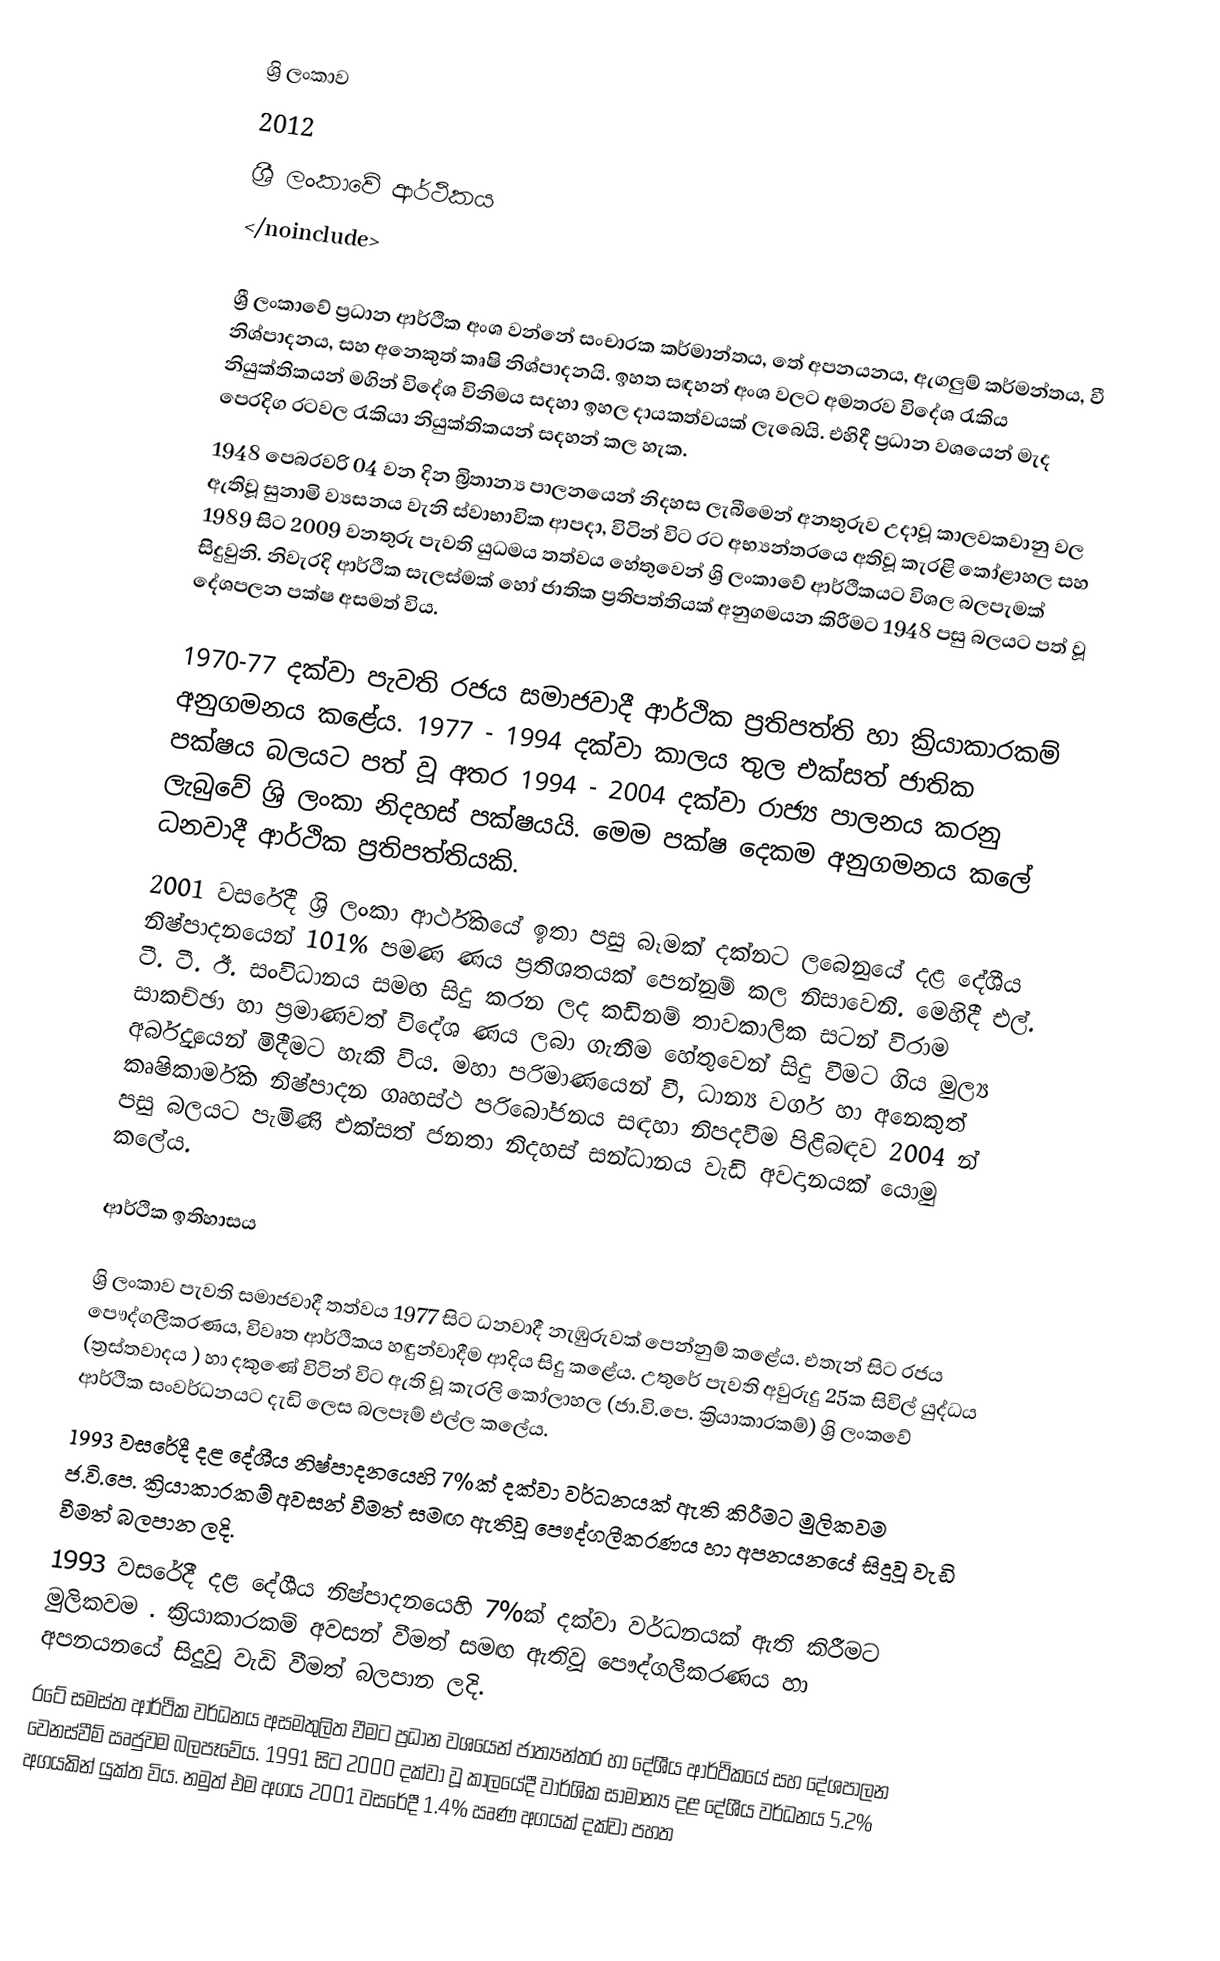
ශ්‍රි ලංකාව
2012
ශ්‍රී ලංකාවේ ආර්ථිකය
</noinclude>

ශ්‍රී ලංකාවේ ප්‍රධාන ආර්ථික අංශ වන්නේ සංචාරක කර්මාන්තය, තේ අපනයනය, ඇගලුම් කර්මන්තය, වී නිශ්පාදනය, සහ අනෙකුත් කෘෂි නිශ්පාදනයි. ඉහත සඳහන් අංශ වලට අමතරව විදේශ රැකිය නියුක්තිකයන් මගින් විදේශ විනිමය සදහා ඉහල දායකත්වයක් ලැබෙයි. එහිදී ප්‍රධාන වශයෙන් මැද පෙරදිග රටවල රැකියා නියුක්තිකයන් සදහන් කල හැක.
1948 පෙබරවරි 04 වන දින බ්‍රිතාන්‍ය පාලනයෙන් නිදහස ලැබීමෙන් අනතුරුව උදාවූ කාලවකවානු වල ඇතිවූ සුනාමි ව්‍යසනය වැනි ස්වාභාවික ආපදා, විටින් විට රට අභ්‍යන්තරයෙ අතිවූ  කැරළි කෝළාහල සහ 1989 සිට 2009 වනතුරු පැවති යුධමය තත්වය හේතුවෙන් ශ්‍රි ලංකාවේ ආර්ථිකයට විශල බලපැමක් සිදුවුනි. නිවැරදි ආර්ථික සැලස්මක් හෝ ජාතික ප්‍රතිපත්තියක් අනුගමයන කිරීමට 1948 පසු බලයට පත් වූ දේශපලන පක්ෂ අසමත් විය.

1970-77 දක්වා පැවති රජය සමාජවාදී ආර්ථික ප්‍රතිපත්ති හා ක්‍රියාකාරකම් අනුගමනය කළේය. 1977 - 1994 දක්වා කාලය තුල එක්සත් ජාතික පක්ෂය බලයට පත් වූ අතර 1994 - 2004 දක්වා රාජ්‍ය පාලනය කරනු ලැබුවේ ශ්‍රි ලංකා නිදහස් පක්ෂයයි. මෙම පක්ෂ දෙකම අනුගමනය කලේ ධනවාදී ආර්ථික ප්‍රතිපත්තියකි.
2001 වසරේදී ශ්‍රි ලංකා ආර්ථිකයේ ඉතා පසු බෑමක් දක්නට ලබෙනුයේ දළ දේශීය නිෂ්පාදනයෙන් 101% පමණ ණය ප්‍රතිශතයක් පෙන්නුම් කල නිසාවෙනි. මෙහිදී  එල්. ටී. ටී. ඊ. සංවිධානය සමඟ සිදු කරන ලද කඩිනම් තාවකාලික සටන් විරාම සාකච්ඡා හා ප්‍රමාණවත් විදේශ ණය ලබා ගැනීම හේතුවෙන් සිදු වීමට ගිය මුල්‍ය අර්බුදයෙන් මිදීමට හැකි විය. මහා පරිමාණයෙන් වී, ධාන්‍ය වර්ග හා අනෙකුත් කෘෂිකාර්මික නිෂ්පාදන ගෘහස්ථ පරිබෝජනය සඳහා නිපදවීම පිළිබඳව 2004 න් පසු බලයට පැමිණි එක්සත් ජනතා නිදහස් සන්ධානය වැඩි අවදානයක් යොමු කලේය.

ආර්ථික ඉතිහාසය

ශ්‍රි ලංකාව පැවති සමාජවාදී තත්වය 1977 සිට ධනවාදී නැඹුරුවක් පෙන්නුම් කළේය. එතැන් සිට රජය පෞද්ගලීකරණය, විවෘත ආර්ථිකය හඳුන්වාදීම ආදිය සිදු කළේය.  උතුරේ පැවති අවුරුදු 25ක සිවිල් යුද්ධය (ත්‍රස්තවාදය ) හා දකුණේ විටින් විට ඇති වූ කැරලි කෝලාහල (ජා.වි.පෙ. ක්‍රියාකාරකම්) ශ්‍රි ලංකවේ ආර්ථික සංවර්ධනයට දැඩි ලෙස  බලපෑම් එල්ල කලේය.
1993 වසරේදී දළ දේශීය නිෂ්පාදනයෙහි 7%ක් දක්වා වර්ධනයක් ඇති කිරීමට මුලිකවම ජ.වි.පෙ. ක්‍රියාකාරකම් අවසන් වීමත් සමඟ ඇතිවූ පෞද්ගලීකරණය හා අපනයනයේ සිදුවූ වැඩි වීමත් බලපාන ලදි.
1993 වසරේදී දළ දේශීය නිෂ්පාදනයෙහි 7%ක් දක්වා වර්ධනයක් ඇති කිරීමට මුලිකවම . ක්‍රියාකාරකම් අවසන් වීමත් සමඟ ඇතිවූ පෞද්ගලීකරණය හා අපනයනයේ සිදුවූ වැඩි වීමත් බලපාන ලදි.
රටේ සමස්ත ආර්ථික වර්ධනය අසමතුලිත වීමට ප්‍රධාන වශයෙන් ජාත්‍යන්තර හා දේශීය ආර්ථිකයේ සහ දේශපාලන වෙනස්වීම් ඍජුවම බලපෑවේය. 1991 සිට 2000 දක්වා වූ කාලයේදී වාර්ශික සාමාන්‍ය දළ දේශීය වර්ධනය 5.2% අගයකින් යුක්ත විය. නමුත් එම අගය 2001 වසරේදී 1.4% ඍණ අගයක් දක්වා පහත